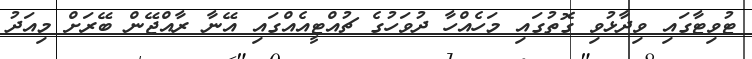
ޓުވިޓާގައި ވިދާޅުވި ގޮތުގައި މަހެއްހާ ދުވަހުގެ ޗުއްޓީއެއްގައި އޭނާ ރާއްޖޭން ބޭރަށް މިއަދު